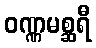
ဝဏ္ဏမစ္ဆရီ